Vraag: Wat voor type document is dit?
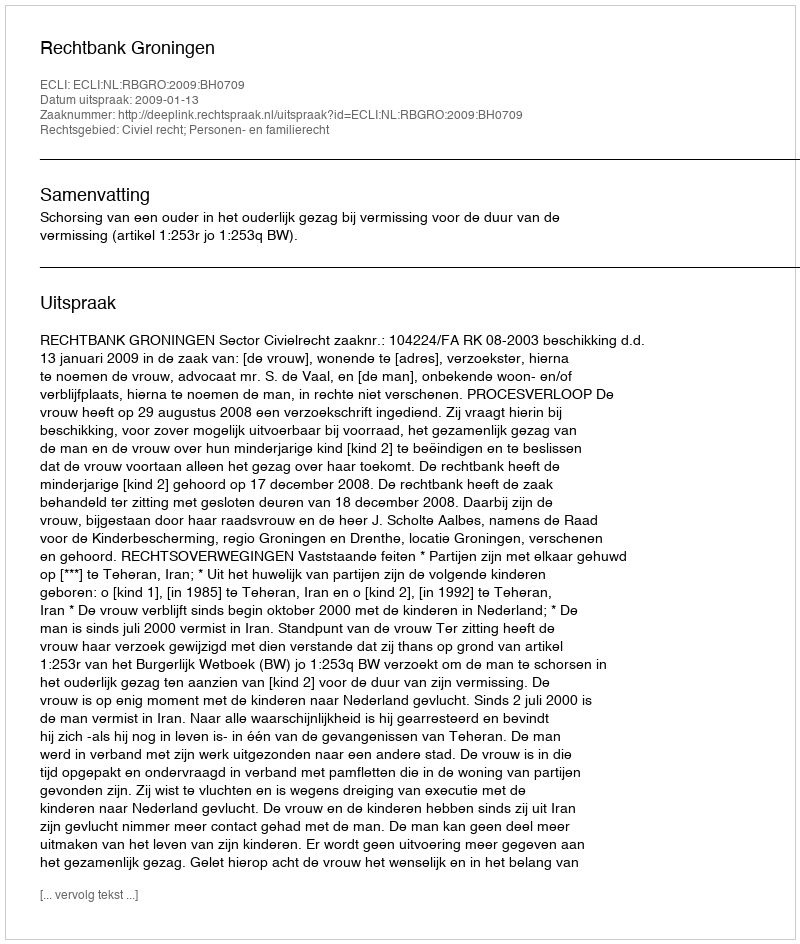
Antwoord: Uitspraak